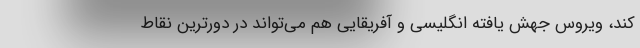
کند، ویروس جهش یافته انگلیسی و آفریقایی هم می‌‌تواند در دورترین نقاط